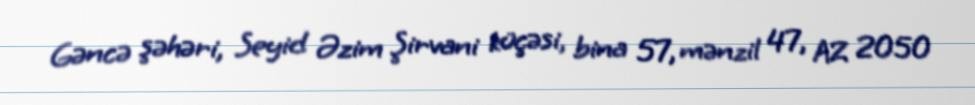
Gəncə şəhəri, Seyid Əzim Şirvani küçəsi, bina 57, mənzil 47, AZ 2050